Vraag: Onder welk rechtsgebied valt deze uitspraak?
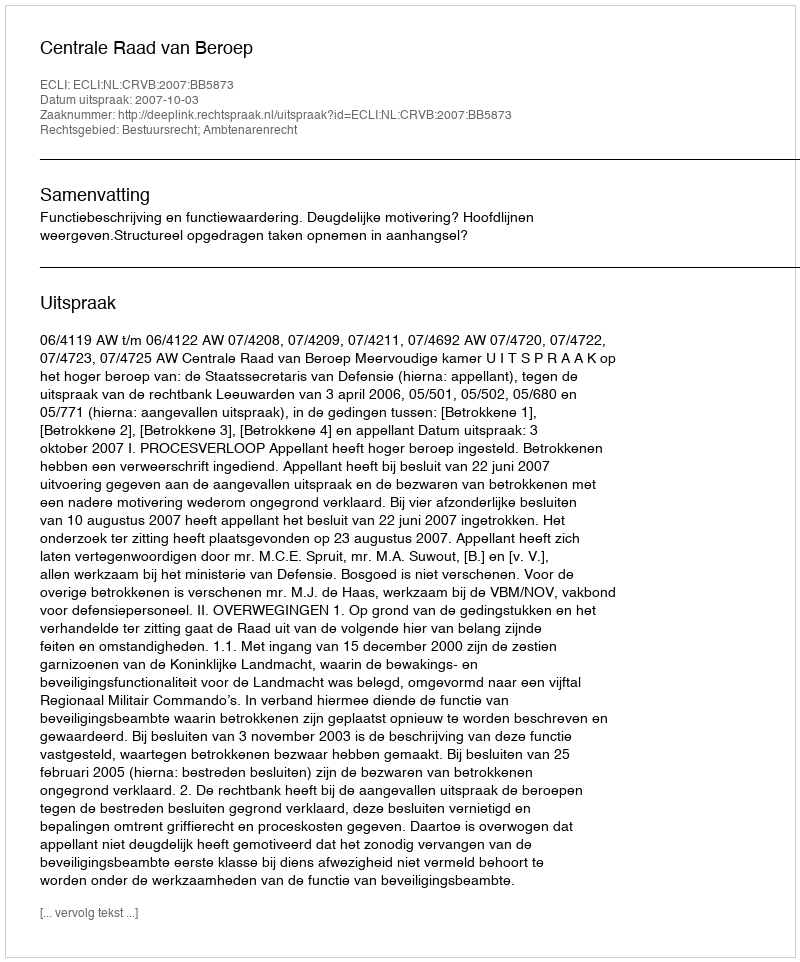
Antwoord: Bestuursrecht; Ambtenarenrecht